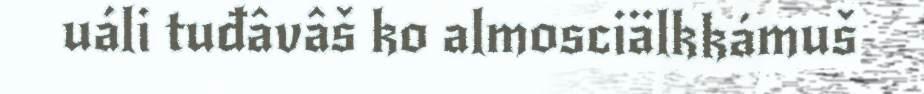
uáli tuđâvâš ko almosciälkkámuš